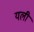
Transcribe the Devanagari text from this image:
यली